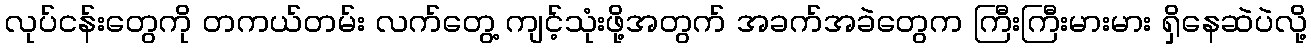
လုပ်ငန်းတွေကို တကယ်တမ်း လက်တွေ့ ကျင့်သုံးဖို့အတွက် အခက်အခဲတွေက ကြီးကြီးမားမား ရှိနေဆဲပဲလို့